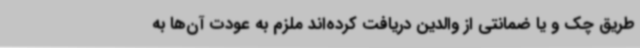
طریق چک و یا ضمانتی از والدین دریافت کرده‌اند ملزم به عودت آن‌ها به